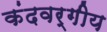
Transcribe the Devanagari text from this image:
कंदवर्गीय